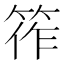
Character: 筰